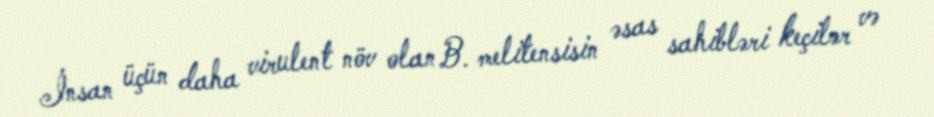
İnsan üçün daha virulent növ olan B. melitensisin əsas sahibləri keçilər və